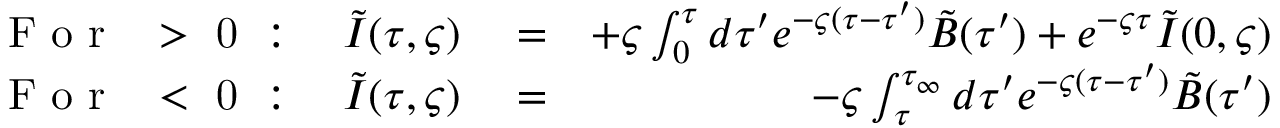
\begin{array} { r l r } { \mathrm { ~ F ~ o ~ r ~ \varsigma ~ > ~ 0 ~ } : \quad \tilde { I } ( \tau , \varsigma ) } & { { } = } & { + \varsigma \int _ { 0 } ^ { \tau } d \tau ^ { \prime } e ^ { - \varsigma ( \tau - \tau ^ { \prime } ) } \tilde { B } ( \tau ^ { \prime } ) + e ^ { - \varsigma \tau } \tilde { I } ( 0 , \varsigma ) } \\ { \mathrm { ~ F ~ o ~ r ~ \varsigma ~ < ~ 0 ~ } : \quad \tilde { I } ( \tau , \varsigma ) } & { { } = } & { - \varsigma \int _ { \tau } ^ { \tau _ { \infty } } d \tau ^ { \prime } e ^ { - \varsigma ( \tau - \tau ^ { \prime } ) } \tilde { B } ( \tau ^ { \prime } ) } \end{array}